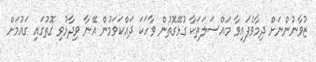
ޒުވާނުންނަށް ދިމާވެފައިވާ މައްސަލަތަކާ ގުޅޭގޮތުން ވާހަކަ ދައްކަވަމުން އޭނާ ވިދާޅުވި ގޮތުގައި ގައުމަށް